Report on certain features of malaria in the island of Salsette
Disease focus: Malaria
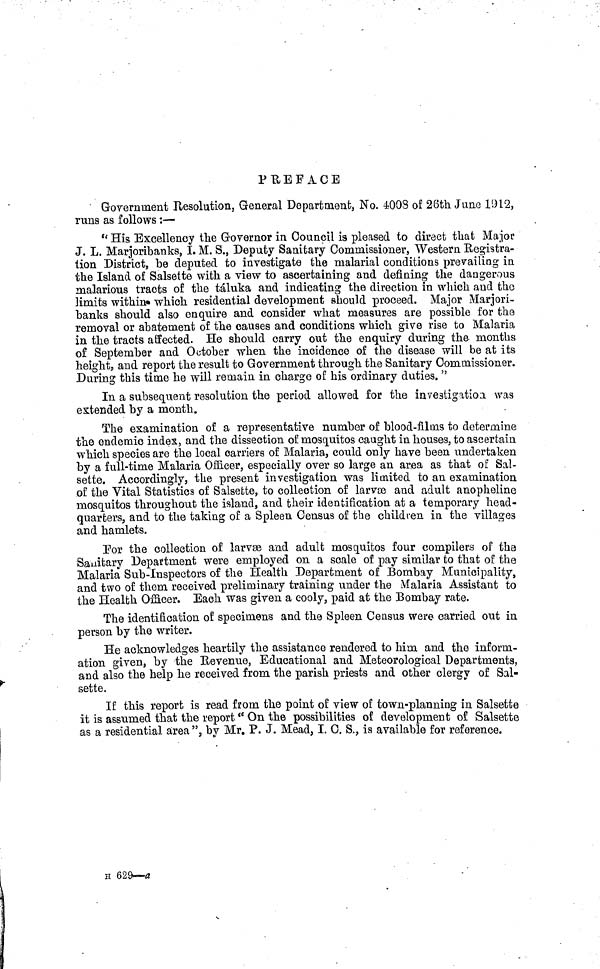
PUEFACE
Government Resolution, General Department, No. 4008 of 26th June 1912,
runs as follows:—
" His Excellency the Governor in Council is pleased to direct that Major
J. L, Marjoribanks, I. M. S., Deputy Sanitary Commissioner, Western Registra-
tion District, be deputed to investigate the malarial conditions prevailing in
the Island of Salsette with a view to ascertaining and defining the dangerous
malarious tracts of the táluka and indicating the direction in which and the
limits within which residential development should proceed. Major Marjori-
banks should also enquire and consider what measures are possible for the
removal or abatement of the causes and conditions which give rise to Malaria
in the tracts affected. He should carry out the enquiry during the months
of September and October when the incidence of the disease will be at its
height, and report the result to Government through the Sanitary Commissioner.
During this time he will remain in charge of his ordinary duties. "
In a subsequent resolution the period allowed for the inveatigatioa was
extended by a month.
The examination of a representative number of blood-films to determine
the endemic index, and the dissection of mosquitos caught in houses, to ascertain
which species are the local carriers of Malaria, could only have been undertaken
by a full-time Malaria Officer, especially over so large an area as that of Sal-
sette. Accordingly, the present investigation was limited to an examination
of the Vital Statistics of Salsette, to collection of larvæ and adult anopheline
mosquitos throughout the island, and their identification at a temporary head-
quarters, and to the taking of a Spleen Census of the children in the villages
and hamlets.
For the collection of larvæ and adult mosquitos four compilers of the
Sanitary Department were employed on a scale of pay similar to that of the
Malaria Sub-Inspectors of the Health Department of Bombay Municipality,
and two of them received preliminary training under the Malaria Assistant to
the Health Officer. Each was given a cooly, paid at the Bombay rate.
The identification of specimens and the Spleen Census were carried out in
person by the writer.
He acknowledges heartily the assistance rendered to him and the inform-
ation given, by the Revenue, Educational and Meteorological Departments,
and also the help he received from the parish priests and other clergy of Sal-
sette.
If this report is read from the point of view of town-planning in Salsette
it is assumed that the report" On the possibilities of development of Salsette
as a residential area", by Mr. P. J. Mead, I. C. S., is available for